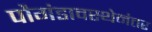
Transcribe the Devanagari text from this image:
पौगंडावस्थेनंतर